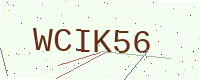
Text: WCIK56